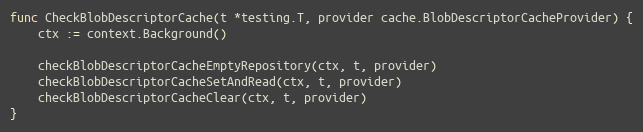
Language: Go
func CheckBlobDescriptorCache(t *testing.T, provider cache.BlobDescriptorCacheProvider) {
	ctx := context.Background()

	checkBlobDescriptorCacheEmptyRepository(ctx, t, provider)
	checkBlobDescriptorCacheSetAndRead(ctx, t, provider)
	checkBlobDescriptorCacheClear(ctx, t, provider)
}